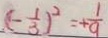
( - \frac { 1 } { 3 } ) ^ { 2 } = + \frac { 1 } { 9 }